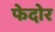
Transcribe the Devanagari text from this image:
फेदोर